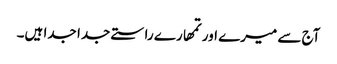
آج سے میرے اور تمھارے راستے جدا جدا ہیں۔